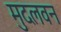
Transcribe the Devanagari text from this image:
मुदलवन